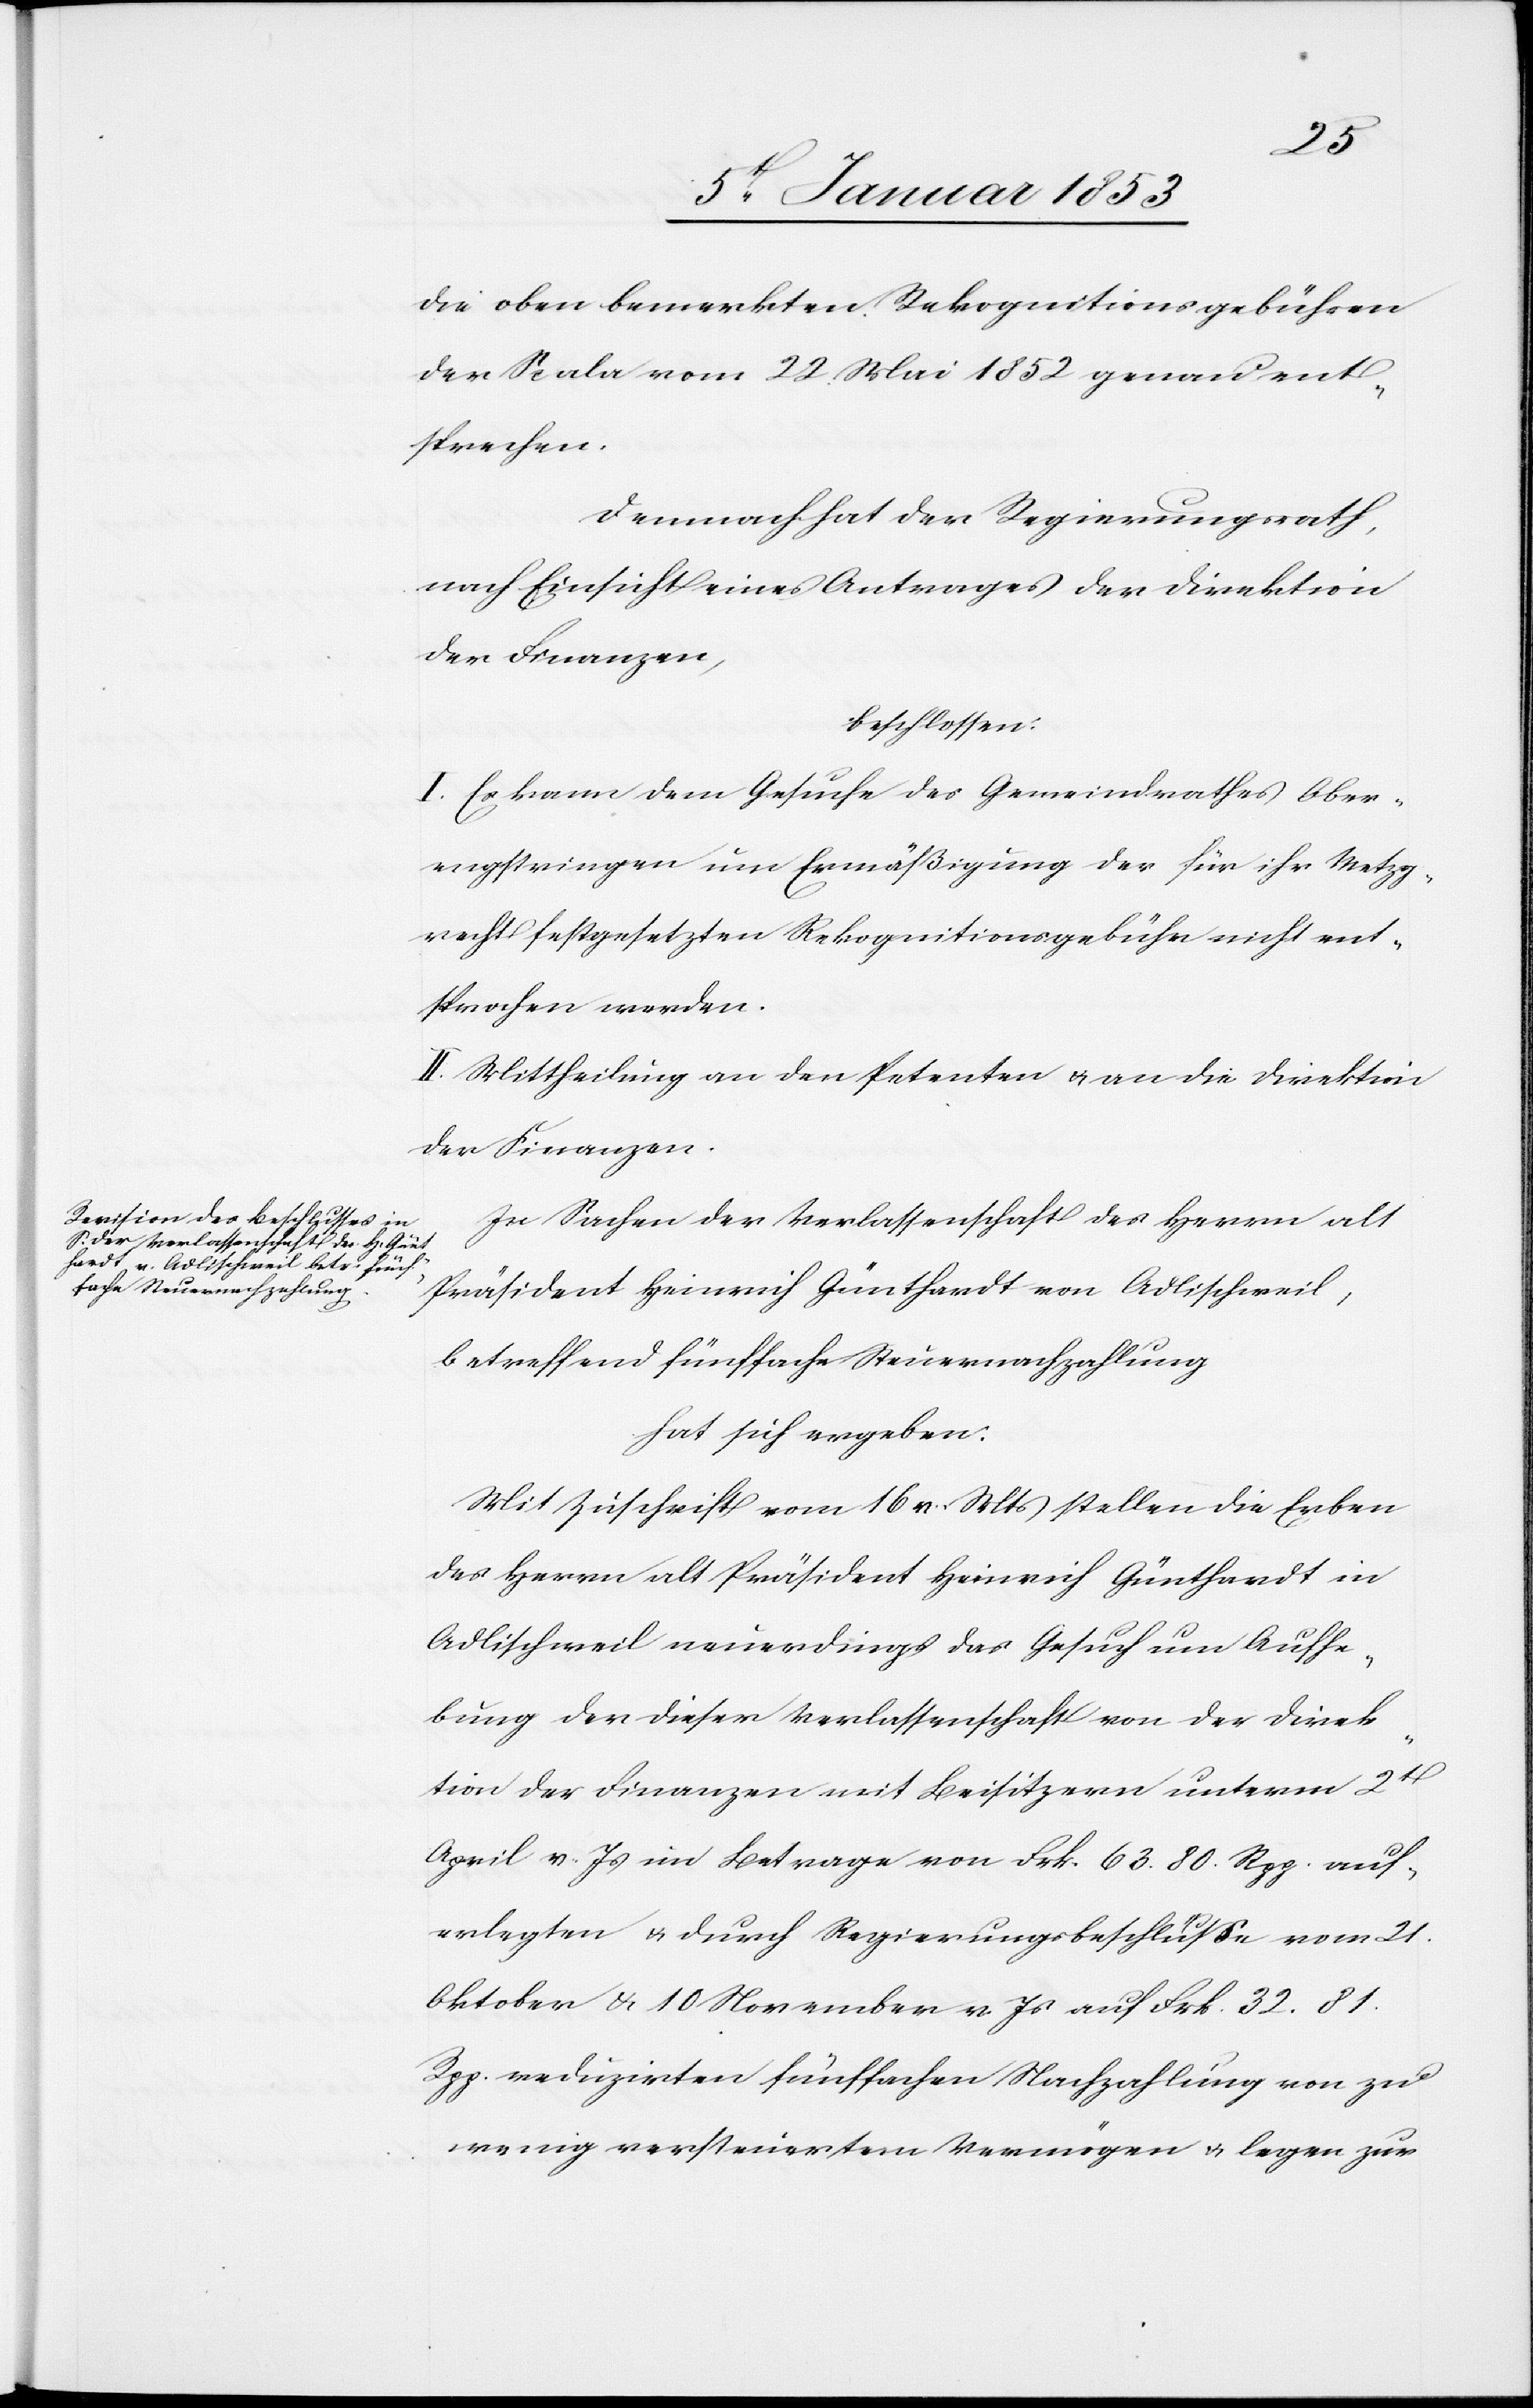
die oben bemerkten Rekognitionsgebühren
der Scala vom 22 Mai 1852 genau ent¬
sprechen.
demnach hat der Regierungsrath,
nach Einsicht eines Antrages der Direktion
der Finanzen,
beschlossen:
I. Es kann dem Gesuche des Gemeindrathes Ober¬
engstringen inn [sic!] Ermässigung der für ihr Metzg¬
recht festgesetzten Rekognitionsgebühr nicht ent¬
sprochen werden.
II. Mittheilung an den Petenten u. an die Direktion
der Finanzen.
In Sachen der Verlassenschaft der Herrn alt
Präsident Heinrich Günthardt von Adlischweil,
betreffend fünffache Steuernachzahlung
hat sich ergeben:
Mit Zuschrift vom 16. v. M. stellen die Erben
des Herrn alt Präsident Heinrich Günthardt in
Adlischweil neuerdings das Gesuch um Aufhe¬
bung der dieser Verlassenschaft von der Direk¬
tion der Finanzen mit Beisitzern unterm 2t.
April v. Js. im Betrage von Frk. 63. 80 Rpp. auf¬
erlegten u. durch Regierungsbeschlusse vom 21.
Oktober u. 10 November v. Js. auf Frk 32. 81
Rpp. reduzirten fünffachen Nachzahlung von zu¬
wenig versteuertem Vermögen u. legen zu